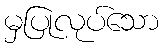
မှပြုလုပ်သော